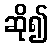
ဆို၍